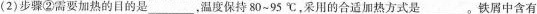
(2) 步骤②需要加热的目的是___，温度保持80~95℃，采用的合适加热方式是___。铁屑中含有